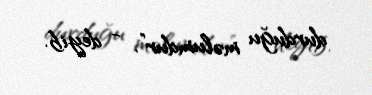
durduğu məlumdur”, - deyib.